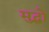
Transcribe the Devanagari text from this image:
मुद्धो